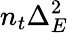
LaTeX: n_{t}\Delta_{E}^{2}